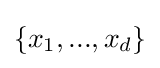
\{x_{1},...,x_{d}\}